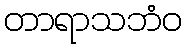
တာရာသဘံဝ